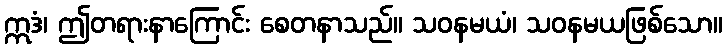
ဣဒံ၊ ဤတရားနာကြောင်း စေတနာသည်။ သဝနမယံ၊ သဝနမယဖြစ်သော။